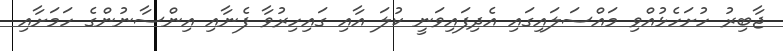
ޖާބިރު ހުށަހެޅުއްވި މައްސަލައިގައި އެދިފައިވަނީ ކުލަ އާއި ގައިހިރުވާ ފެނާއި އިންސާނުންގެ ހަމަށާއި